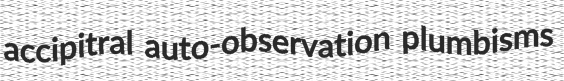
accipitral auto-observation plumbisms